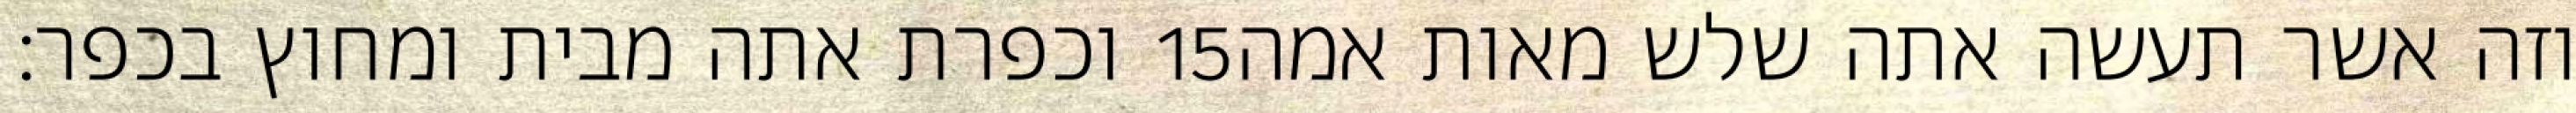
וכפרת אתה מבית ומחוץ בכפר׃ ‎15‏ וזה אשר תעשה אתה שלש מאות אמה